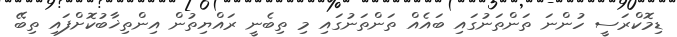
ޑިމޮކްރަސީ ހުންނަ ތަންތަނުގައި ބައެއް ތަންތަނުގައި މި ތިބެނީ ރައްޔިތުން އިންތިޚާބުކޮށްފައި ތިބޭ